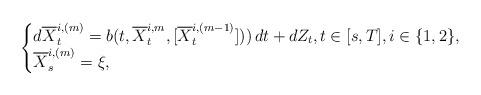
LaTeX: \begin{align*}\begin{cases}d\overline{X}^{i,(m)}_t = b(t,\overline{X}^{i,m}_t,[\overline{X}^{i,(m-1)}_t]))\,dt + dZ_t, t \in [s,T], i\in \{1,2\},\\ \overline{X}^{i,(m)}_s = \xi,\end{cases}\end{align*}